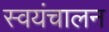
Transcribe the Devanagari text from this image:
स्वयंचालन